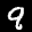
Label: 9